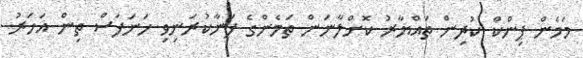
މަމެން ޕިންކް ކުދިން ތައްޔާރު ކޮށްލާނަން ތަމެންގެ ފަނާކުރަނިވި ހަނަފަސް ތިން އަހަރު